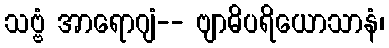
သဗ္ဗံ အာရောဂျံ-- ဗျာဓိပရိယောသာနံ၊